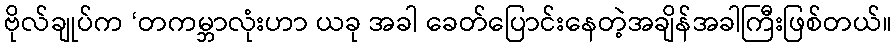
ဗိုလ်ချုပ်က ‘တကမ္ဘာလုံးဟာ ယခု အခါ ခေတ်ပြောင်းနေတဲ့အချိန်အခါကြီးဖြစ်တယ်။